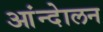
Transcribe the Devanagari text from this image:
आंन्देालन